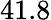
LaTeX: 41.8